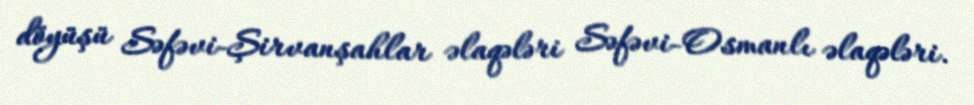
döyüşü Səfəvi-Şirvanşahlar əlaqələri Səfəvi-Osmanlı əlaqələri.